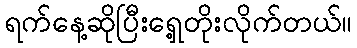
ရက်နေ့ဆိုပြီးရှေ့တိုးလိုက်တယ်။